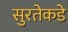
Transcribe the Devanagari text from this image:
सुरतेकडे